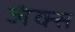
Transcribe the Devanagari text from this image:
जंक्स